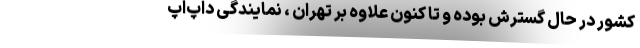
کشور در حال گسترش بوده و تا کنون علاوه بر تهران ، نمایندگی داپ‌اَپ